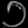
Digit: ၁